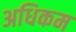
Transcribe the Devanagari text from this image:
अधिकम